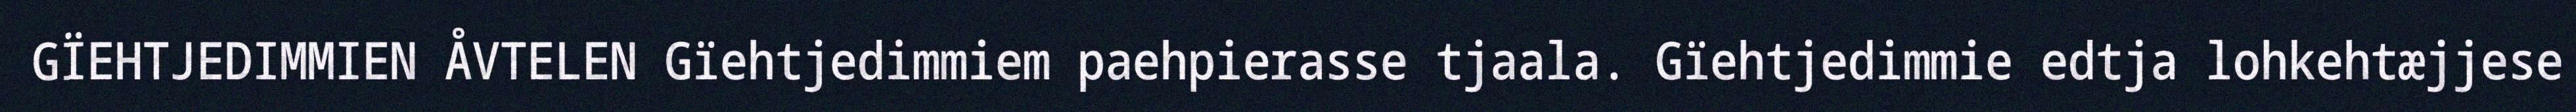
GÏEHTJEDIMMIEN ÅVTELEN Gïehtjedimmiem paehpierasse tjaala. Gïehtjedimmie edtja lohkehtæjjese